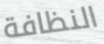
النظافة